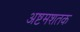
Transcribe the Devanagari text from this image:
अष्टमशतक